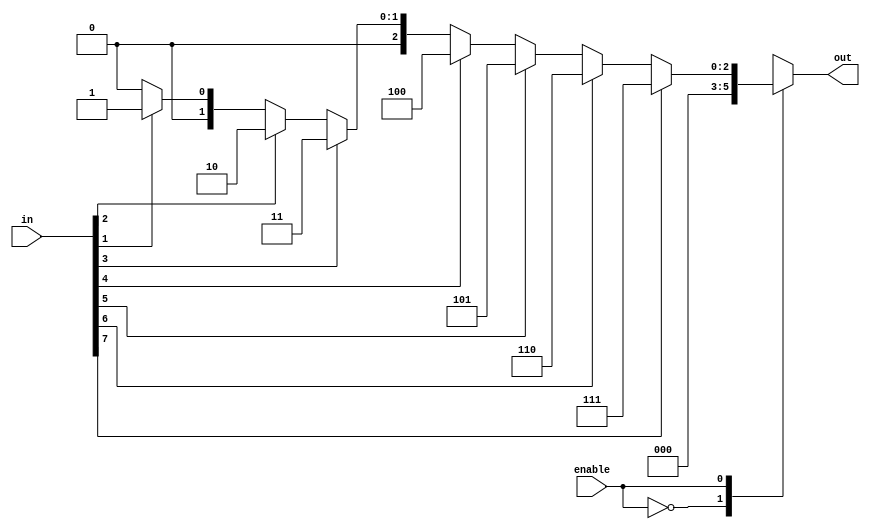
// Priority encoder checks for the first 1'b1 that it encounters
module priorityEncoder8to3(input enable, input [7:0] in, output reg [2:0] out);

  always @ (in)
    case (enable)
      1'b0: out = 3'b000;
      1'b1: begin
              if (in[7])
                out = 3'b111;
              else if (in[6])
                out = 3'b110;
              else if (in[5])
                out = 3'b101;
              else if (in[4])
                out = 3'b100;
              else if (in[3])
                out = 3'b011;
              else if (in[2])
                out = 3'b010;
              else if (in[1])
                out = 3'b001;
              else
                out = 3'b000;
            end
    endcase

endmodule